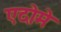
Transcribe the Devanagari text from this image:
एदोमे